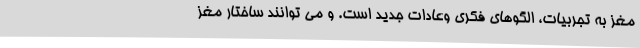
مغز به تجربیات، الگوهای فکری وعادات جدید است. و می توانند ساختار مغز